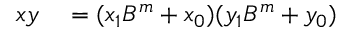
\begin{array} { r l } { x y } & { { } = ( x _ { 1 } B ^ { m } + x _ { 0 } ) ( y _ { 1 } B ^ { m } + y _ { 0 } ) } \end{array}